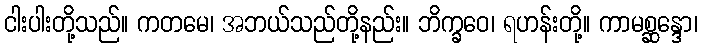
ငါးပါးတို့သည်။ ကတမေ၊ အဘယ်သည်တို့နည်း။ ဘိက္ခဝေ၊ ရဟန်းတို့။ ကာမစ္ဆန္ဒော၊